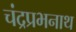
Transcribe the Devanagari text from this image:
चंद्रप्रभनाथ